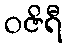
ဝဇိရီ